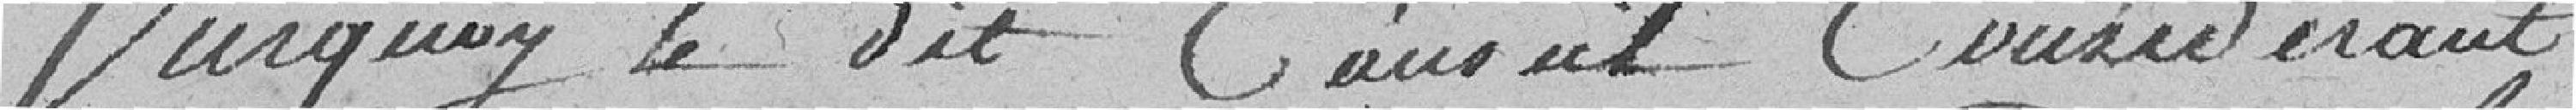
Sur quoi le dit conseil considérant